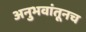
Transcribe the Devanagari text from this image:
अनुभवांतूनच